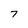
Character: 7